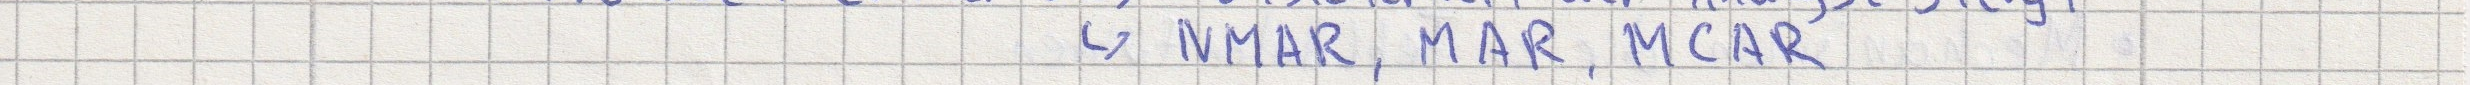
-> NMAR, MAR, MCAR